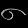
Digit: ၈